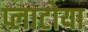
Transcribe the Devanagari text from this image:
प्लाटोया